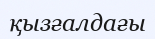
қызғалдағы